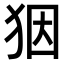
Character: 𤝱